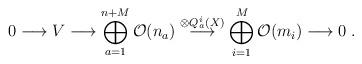
LaTeX: \begin{align*}0\longrightarrow V\longrightarrow \bigoplus_{a=1}^{n+M}{\cal O}(n_a) \stackrel{\otimes Q_a^i(X)}{\longrightarrow}\bigoplus_{i=1}^M{\cal O}(m_i) \longrightarrow 0\; .\end{align*}